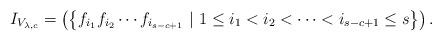
LaTeX: \begin{align*}I_{V_{\lambda,c}} = \left ( \left \{ f_{i_1} f_{i_2} \cdots f_{i_{s-c+1}} \ | \ {1 \leq i_1 < i_2 < \dots < i_{s-c+1} \leq s} \right \} \right ).\end{align*}